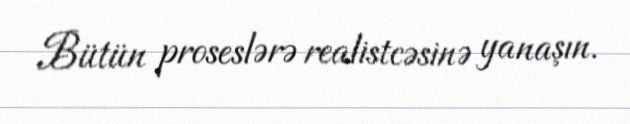
Bütün proseslərə realistcəsinə yanaşın.